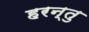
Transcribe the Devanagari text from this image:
हरन्तु